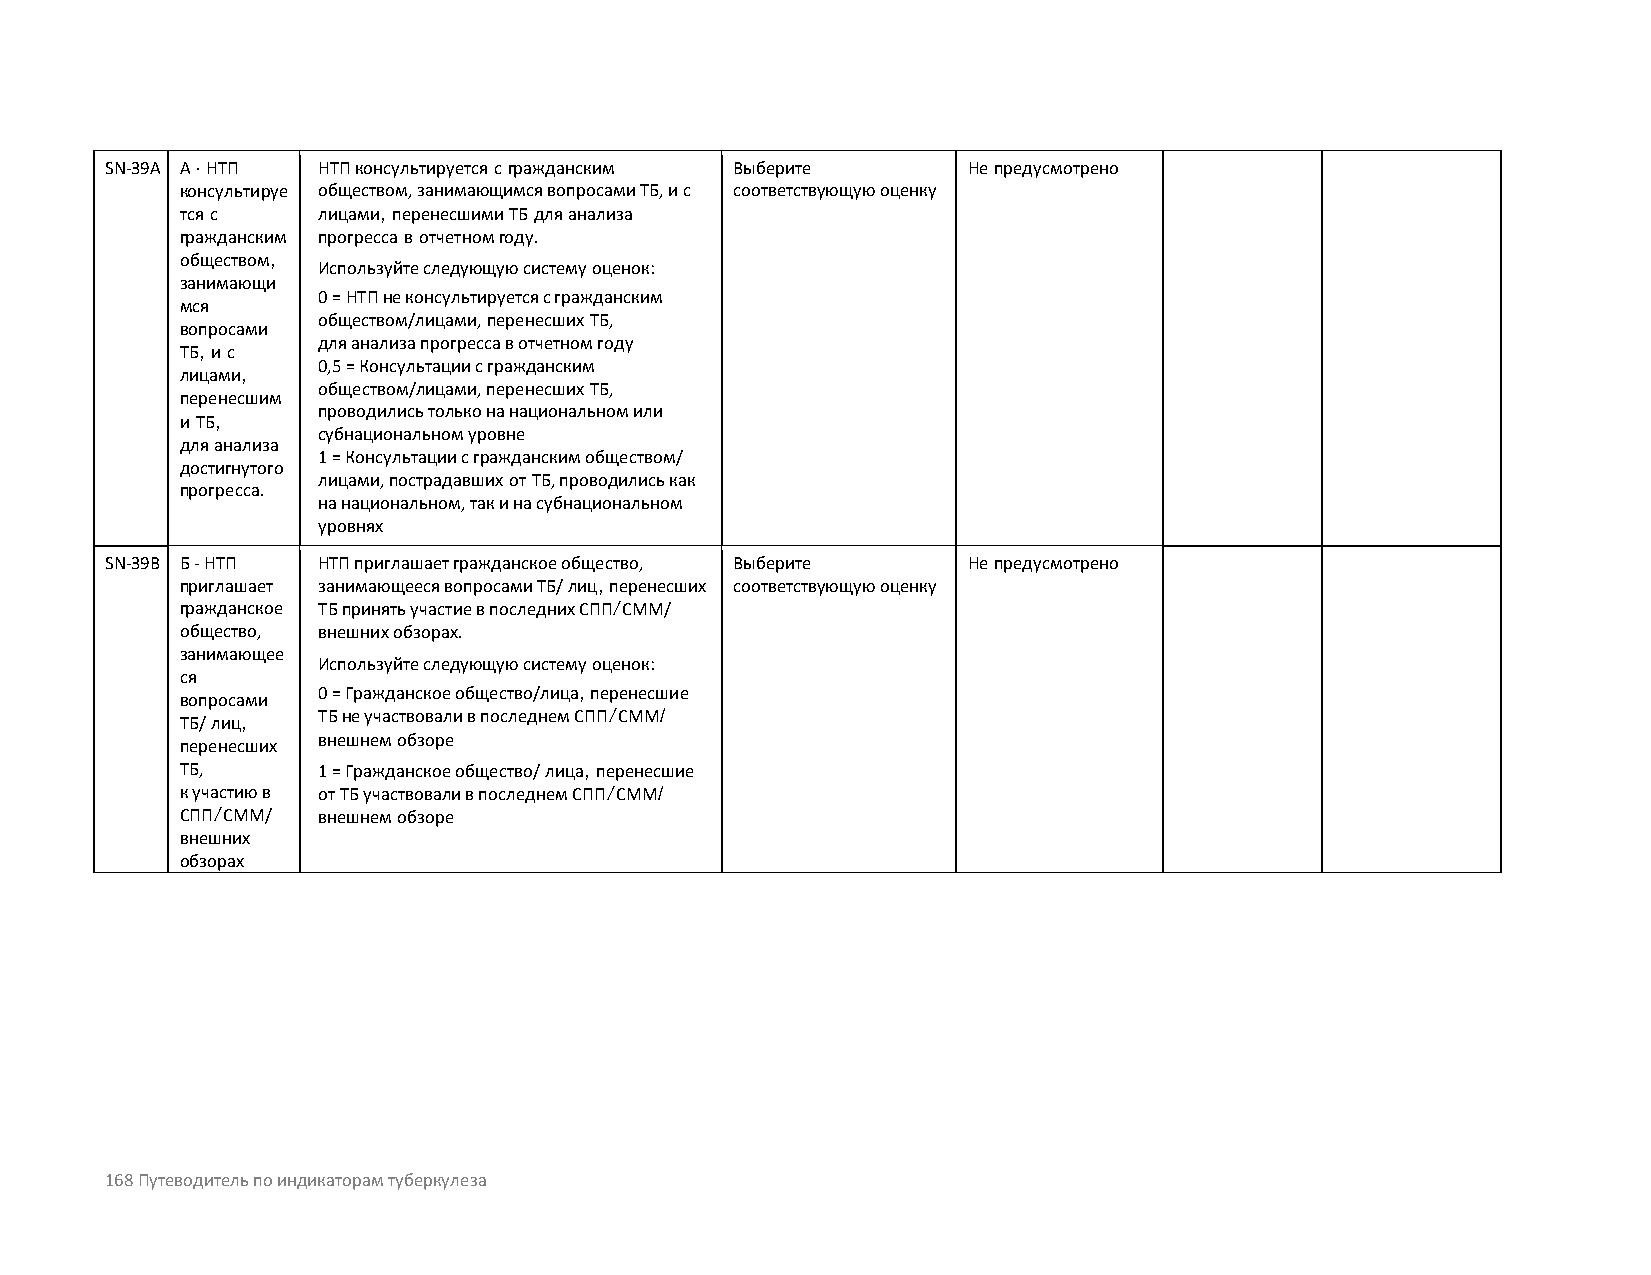
SN-39A A - НТП НТП консультируется с гражданским Выберите Не предусмотрено
 консультируе обществом, занимающимся вопросами ТБ, и с соответствующую оценку
 тся с    лицами, перенесшими ТБ для анализа
 гражданским прогресса в отчетном году.
 обществом,
 Используйте следующую систему оценок:
 занимающи
 0 = НТП не консультируется с гражданским
 мся
 обществом/лицами, перенесших ТБ,
 вопросами
 для анализа прогресса в отчетном году
 ТБ, и с
 0,5 = Консультации с гражданским
 лицами,
 обществом/лицами, перенесших ТБ,
 перенесшим
 проводились только на национальном или
 и ТБ,
 субнациональном уровне
 для анализа
 1 = Консультации с гражданским обществом/
 достигнутого
 лицами, пострадавших от ТБ, проводились как
 прогресса.
 на национальном, так и на субнациональном
 уровнях
 SN-39B Б - НТП НТП приглашает гражданское общество, Выберите Не предусмотрено
 приглашает занимающееся вопросами ТБ/ лиц, перенесших соответствующую оценку
 гражданское ТБ принять участие в последних СПП/СММ/
 общество, внешних обзорах.
 занимающее
 Используйте следующую систему оценок:
 ся
 0 = Гражданское общество/лица, перенесшие
 вопросами
 ТБ/ лиц, ТБ не участвовали в последнем СПП/СММ/
 внешнем обзоре
 перенесших
 ТБ,      1 = Гражданское общество/ лица, перенесшие
 к участию в от ТБ участвовали в последнем СПП/СММ/
 СПП/СММ/ внешнем обзоре
 внешних
 обзорах
 168 Путеводитель по индикаторам туберкулеза